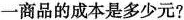
一商品的成本是多少元?